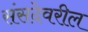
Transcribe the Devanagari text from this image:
संसदेवरील